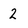
Character: 2